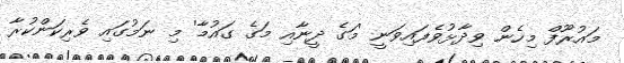
މައުރޫފް މިހެން ވިދާޅުވެފައިވަނީ 'މަގެ ދީނާއި މަގެ ގައުމާ' މި ނަމުގައި ވެރިކަންކުރާ